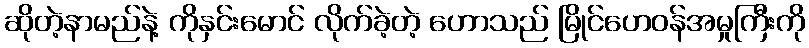
ဆိုတဲ့နာမည်နဲ့ ကိုနှင်းမောင် လိုက်ခဲ့တဲ့ ဟောသည် မြိုင်ဟေဝန်အမှုကြီးကို